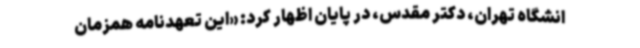
انشگاه تهران، دکتر مقدس، در پایان اظهار کرد: «این تعهدنامه همزمان